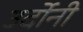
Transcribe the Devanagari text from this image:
उर्दोनी